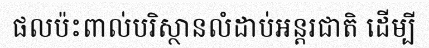
ផលប៉ះពាល់បរិស្ថានលំដាប់អន្តរជាតិ ដើម្បី